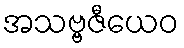
အသဗ္ဗဇီယေဝ